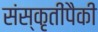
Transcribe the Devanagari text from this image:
संस्कृतींपैकी